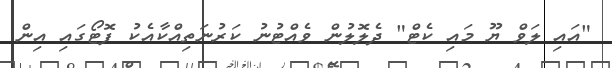
"އައި ލަވް ޔޫ މައި ކެޓް" ދެލޮލުން ވެއްޓުނު ކަރުނަތިއްކާއެކު ފޮޓޯގައި އިން